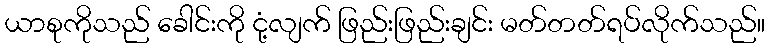
ယာစုကိုသည် ခေါင်းကို ငုံ့လျက် ဖြည်းဖြည်းချင်း မတ်တတ်ရပ်လိုက်သည်။